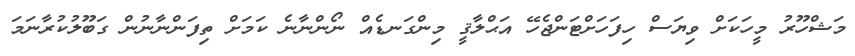
މަޝްހޫރު މީހަކަށް ވިޔަސް ހިފަހަށްޓަންޖެހޭ އަޙްލާޤީ މިންގަނޑެއް ނޯންނާނެ ކަމަށް ތިފަންނާނުން ގަބޫލުކުރާނަމަ